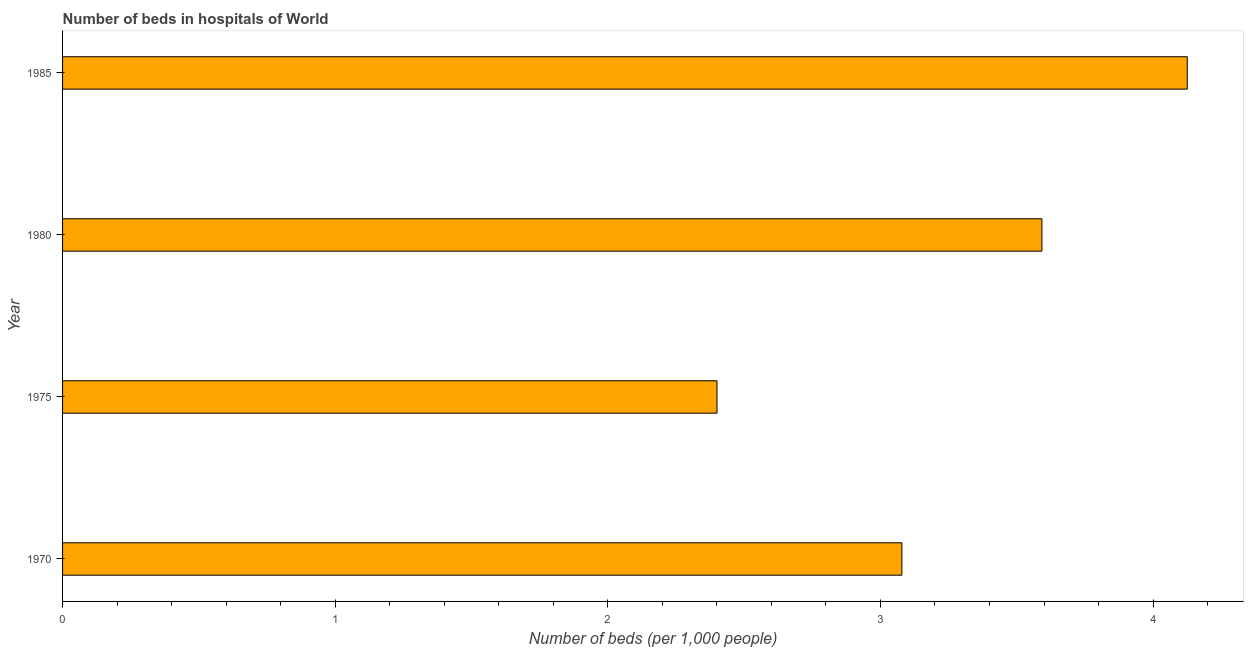
| Year | Hospital beds |
 | --- | --- |
 | 1970 | 3.08 |
 | 1975 | 2.4 |
 | 1980 | 3.59 |
 | 1985 | 4.13 |